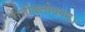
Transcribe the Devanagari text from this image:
राजीवलोचनम्‌।